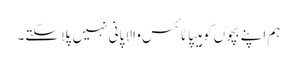
ہم اپنے بچوں کو ہیپاٹائٹس والا پانی نہیں پلا سکتے۔